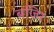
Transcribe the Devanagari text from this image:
बजिर